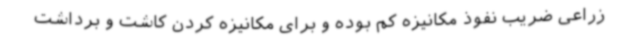
زراعی ضریب نفوذ مکانیزه کم بوده و برای مکانیزه کردن کاشت و برداشت